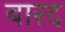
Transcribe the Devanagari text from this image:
बारद